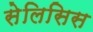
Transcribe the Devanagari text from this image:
सेलिसिस